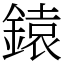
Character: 鎱